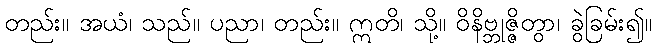
တည်း။ အယံ၊ သည်။ ပညာ၊ တည်း။ ဣတိ၊ သို့။ ဝိနိဗ္ဘုဇ္ဇိတွာ၊ ခွဲခြမ်း၍။